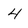
Character: 4